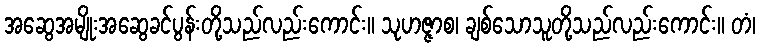
အဆွေအမျိုးအဆွေခင်ပွန်းတို့သည်လည်းကောင်း။ သုဟဇ္ဇာစ၊ ချစ်သောသူတို့သည်လည်းကောင်း။ တံ၊